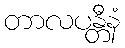
တာလပန္တီနံ